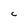
Character: c